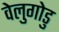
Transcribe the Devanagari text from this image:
वेलुगोडु